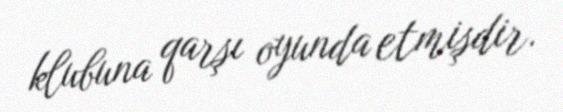
klubuna qarşı oyunda etmişdir.